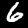
Label: 6